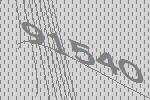
91540